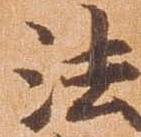
法